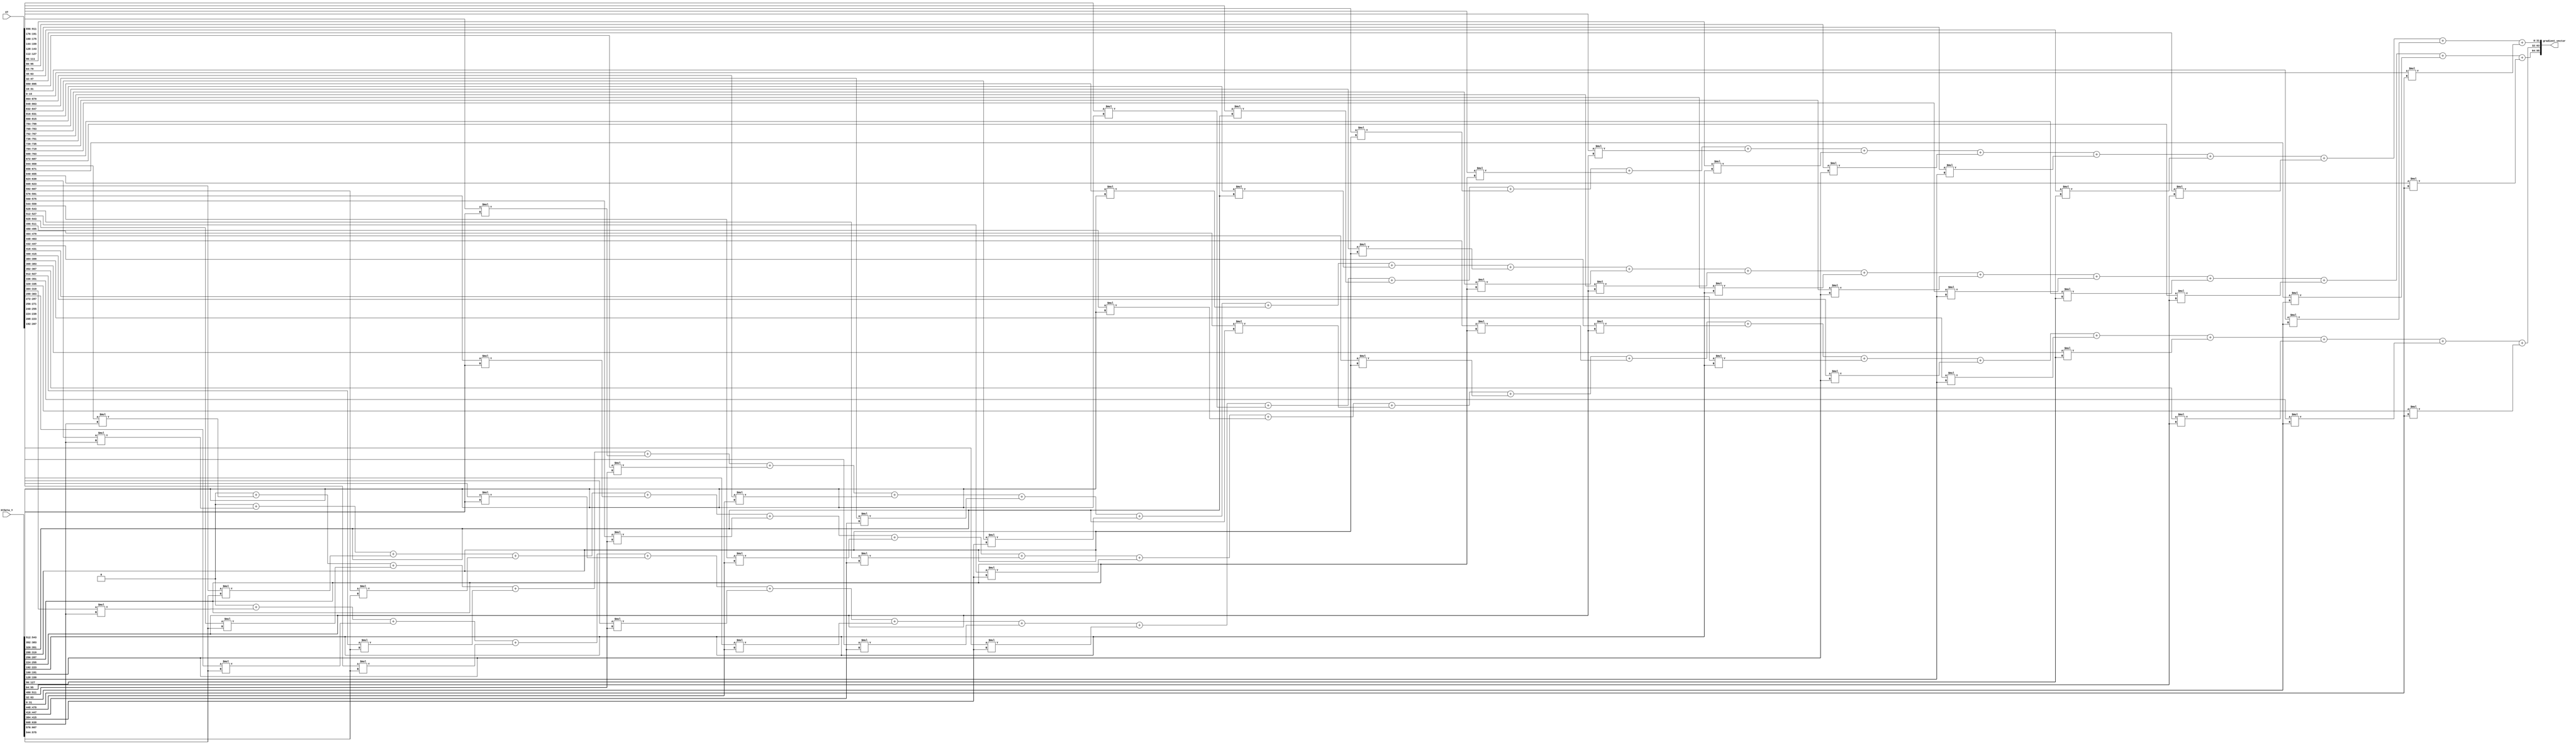
`timescale 1ns / 1ps

module XT_multiply_Xtheta_Y #(parameter m =20, n= 3)
    (
    input [16*n*m-1:0] XT,
    input [32*m-1:0] Xtheta_Y,
    output reg [32*n-1:0] gradient_vector
    );
    
reg signed [15:0] XT_tmp;
reg signed [31:0] Xtheta_Y_tmp;  
reg signed [31:0] tmp;
integer i, j;

always@(*)begin

for (i=0;i<n;i=i+1)begin
    tmp = 0;
    for (j=0;j<m;j=j+1) begin
         XT_tmp= XT[16*(n-i)*m-1-16*j -:16];
         Xtheta_Y_tmp = Xtheta_Y[32*m-1-32*j -:32];
         tmp =  tmp + XT_tmp* Xtheta_Y_tmp;
    end
    gradient_vector[32*n-1-32*i -: 32] = tmp;
end
end    

endmodule